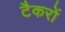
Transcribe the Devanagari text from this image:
टैकरों